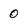
Character: 0